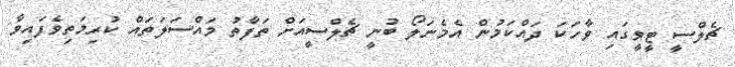
ޗެލްސީ ޓީވީގައި ވާހަކަ ދައްކަމުން އެމެނަލޯ ބުނީ ޗެލްސީއަށް ތަފާތު މައްސަލަތައް ކުރިމަތިވެފައިވާ